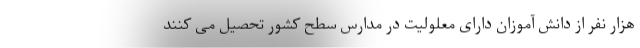
هزار نفر از دانش آموزان دارای معلولیت در مدارس سطح کشور تحصیل می کنند